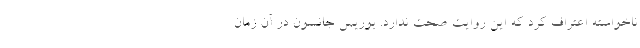
ناخواسته اعتراف کرد که این روایت صحت ندارد. بوریس جانسون در آن زمان